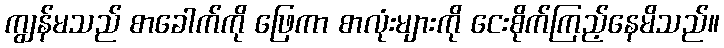
ကျွန်မသည် စာခေါက်ကို ဖြေကာ စာလုံးများကို ငေးစိုက်ကြည့်နေမိသည်။